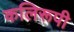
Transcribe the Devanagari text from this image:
कलिरूपी